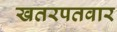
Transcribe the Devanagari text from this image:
खतरपतवार